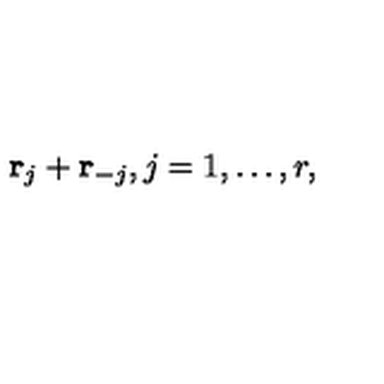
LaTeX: { \bf r } _ { j } + { \bf r } _ { - j } , j = 1 , \ldots , r ,